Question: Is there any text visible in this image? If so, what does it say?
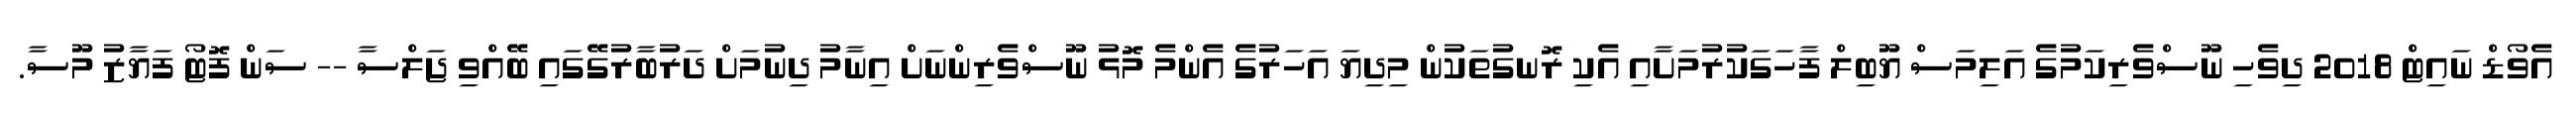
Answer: އެވޯޑް ނައިޓް 2018 ދިވެހި ނޫސްވެރިކަމުގެ އަލިމަސް ޔޫބިލް ފާހަގަކުރުމަށާއި އެކި ރޮނގުތަކުން މިދިޔަ އަހަރުގެ އެންމެ މޮޅު ނޫސްވެރިންނަށް އިނާމު ދިނުމަށް ދަރުބާރުގޭގައި ބޭއްވި ޖަލްސާ -- ސަން ފޮޓޯ ފަޔާޒު މޫސާ.